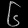
Digit: ၆